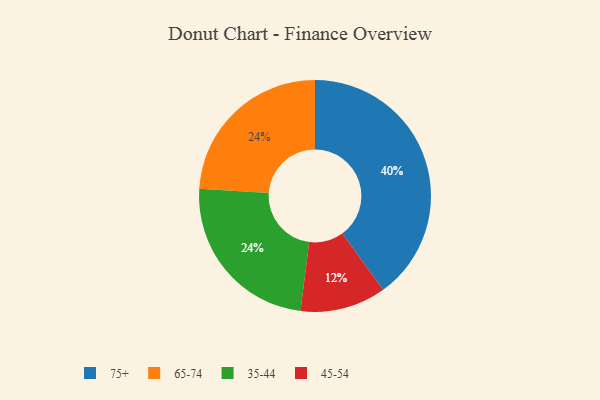
{"axis": {"x": "Category", "y": "Percentage"}, "legend": ["35-44", "45-54", "65-74", "75+"], "data": [{"x": "75+", "y": 40, "type": "75+"}, {"x": "65-74", "y": 24, "type": "65-74"}, {"x": "35-44", "y": 24, "type": "35-44"}, {"x": "45-54", "y": 12, "type": "45-54"}]}